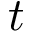
t